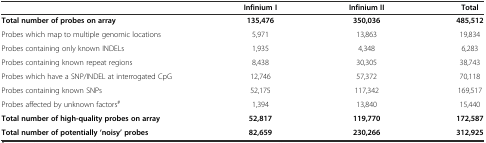
<table><thead><tr><td></td><td><b>Infinium I</b></td><td><b>Infinium II</b></td><td><b>Total</b></td></tr></thead><tbody><tr><td><b>Total number of probes on array</b></td><td><b>135,476</b></td><td><b>350,036</b></td><td><b>485,512</b></td></tr><tr><td>Probes which map to multiple genomic locations</td><td>5,971</td><td>13,863</td><td>19,834</td></tr><tr><td>Probes containing only known INDELs</td><td>1,935</td><td>4,348</td><td>6,283</td></tr><tr><td>Probes containing known repeat regions</td><td>8,438</td><td>30,305</td><td>38,743</td></tr><tr><td>Probes which have a SNP/INDEL at interrogated CpG</td><td>12,746</td><td>57,372</td><td>70,118</td></tr><tr><td>Probes containing known SNPs</td><td>52,175</td><td>117,342</td><td>169,517</td></tr><tr><td>Probes affected by unknown factors<sup>#</sup></td><td>1,394</td><td>13,840</td><td>15,440</td></tr><tr><td><b>Total number of high-quality probes on array</b></td><td><b>52,817</b></td><td><b>119,770</b></td><td><b>172,587</b></td></tr><tr><td><b>Total number of potentially ‘noisy’ probes</b></td><td><b>82,659</b></td><td><b>230,266</b></td><td><b>312,925</b></td></tr></tbody></table>